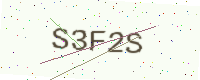
Text: S3F2S